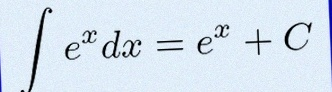
\int e^x dx=e^x+C